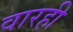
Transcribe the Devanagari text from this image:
वारही